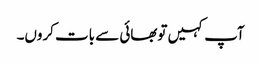
آپ کہیں توبھائی سے بات کروں۔